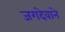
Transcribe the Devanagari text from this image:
जगदेवाने